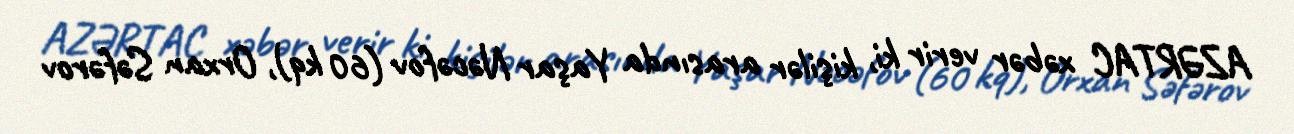
AZƏRTAC xəbər verir ki, kişilər arasında Yaşar Nəcəfov (60 kq), Orxan Səfərov